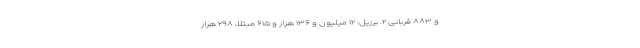
و ۸۸۳ قربانی ۲. برزیل: ۱۲ میلیون و ۱۳۶ هزار و ۶۱۵ مبتلا، ۲۹۸ هزار